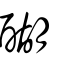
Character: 醐